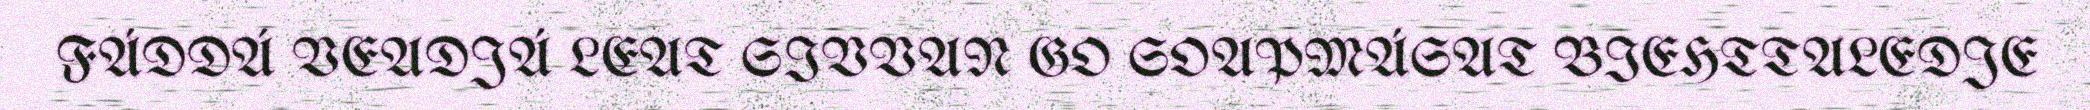
FÁDDÁ VEADJÁ LEAT SIVVAN GO SOAPMÁSAT BIEHTTALEDJE